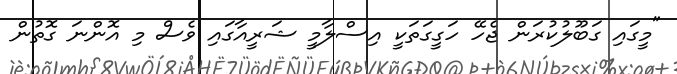
"މީގައި ގަބޫލުކުރަން ޖެހޭ ހަގީގަތަކީ އިސްލާމީ ޝަރީއާގައި ވެސް މި އޮންނަ ގޮތުން